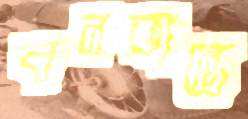
বনভান্তে